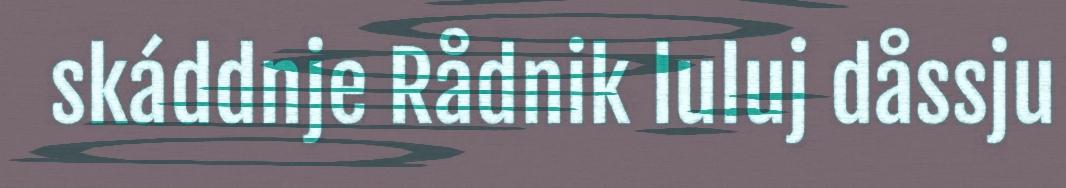
skáddnje Rådnik luluj dåssju